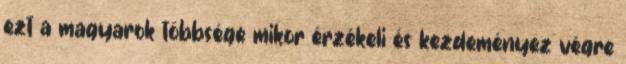
ezt a magyarok többsége mikor érzékeli és kezdeményez végre